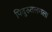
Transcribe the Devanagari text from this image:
पिदुरुतलगला